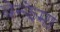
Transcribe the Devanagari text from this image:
बेन्झेमा